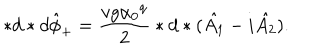
LaTeX: * d * d { \hat { \phi } } _ { + } = \frac { v g { \alpha _ { 0 } } ^ { q } } { 2 } * d * ( \hat { A _ { 1 } } - i \hat { A _ { 2 } } ) .